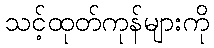
သင့်ထုတ်ကုန်များကို